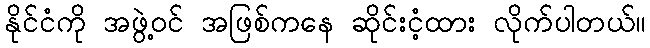
နိုင်ငံကို အဖွဲ့ဝင် အဖြစ်ကနေ ဆိုင်းငံ့ထား လိုက်ပါတယ်။